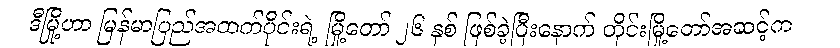
ဒီမြို့ဟာ မြန်မာပြည်အထက်ပိုင်းရဲ့ မြို့တော် ၂၆ နှစ် ဖြစ်ခဲ့ပြီးနောက် တိုင်းမြို့တော်အဆင့်က